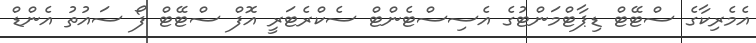
އެމެރިކާގެ ސްޓޭޓް ޑިޕާޓްމަންޓުގެ އެސިސްޓެންޓް ސެކްރެޓަރީ އޮފް ސްޓޭޓް ފޯ ސައުތު އެންޑް